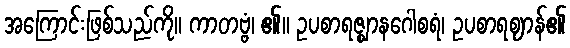
အကြောင်းဖြစ်သည်ကို။ ကာတဗ္ဗံ၊ ၏။ ဥပစာရဇ္ဈာနဂေါစရံ၊ ဥပစာရဈာန်၏